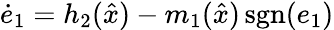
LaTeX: {\dot{e}}_{1}=h_{2}({\hat{x}})-m_{1}({\hat{x}})\operatorname{sgn}(e_{1})